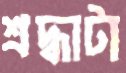
শ্রদ্ধাটা